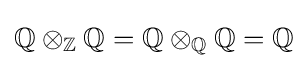
\mathbb {Q} \otimes _{\mathbb {Z} }\mathbb {Q} =\mathbb {Q} \otimes _{\mathbb {Q} }\mathbb {Q} =\mathbb {Q}